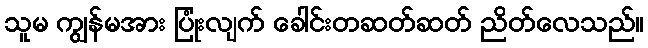
သူမ ကျွန်မအား ပြုံးလျက် ခေါင်းတဆတ်ဆတ် ညိတ်လေသည်။